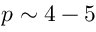
p \sim 4 - 5